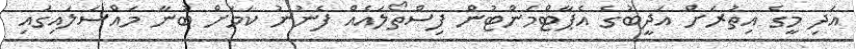
އަދި މީގެ އިތުރަށް އަދީބުގެ އެޕާޓްމަންޓުން ފިސްތޯލައެއް ފެނުނު ކަމަށް ބުނާ މައްސަލައިގައި